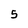
Character: 5